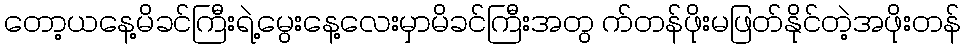
တော့ယနေ့မိခင်ကြီးရဲ့မွေးနေ့လေးမှာမိခင်ကြီးအတွ က်တန်ဖိုးမဖြတ်နိုင်တဲ့အဖိုးတန်